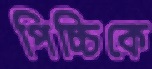
পিচ্চিকে